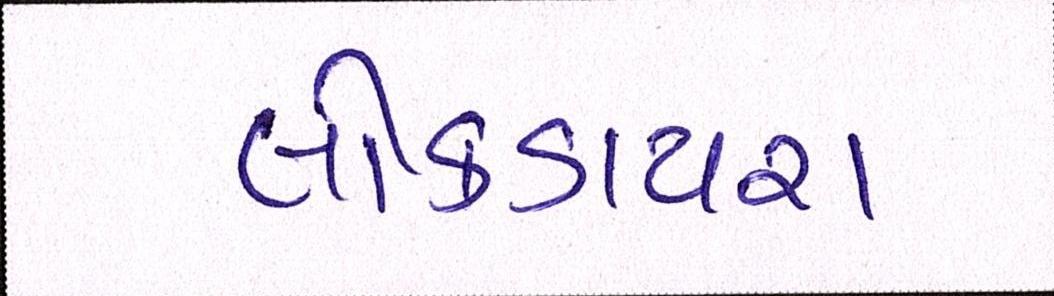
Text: લોકડાયરા